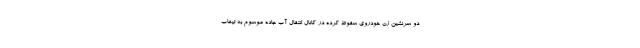
دو سرنشین زن خودروی سقوط کرده در کانال انتقال آب جاده موسوم به تیغاب